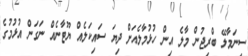
ސިނަމާލޭ ބްރިޖުން މާލެ އިން ހުޅުމާލެއަށް ދިޔަ ސައިކަލެއް ޔޫޓާނެއް ނަގަން އުޅުމުގެ